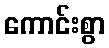
ကောင်းစွာ